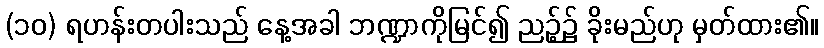
(၁၀) ရဟန်းတပါးသည် နေ့အခါ ဘဏ္ဍာကိုမြင်၍ ညဉ့်၌ ခိုးမည်ဟု မှတ်ထား၏။